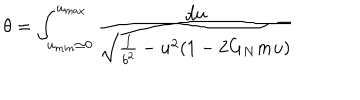
\theta = \int _ { u _ { m i n } \simeq 0 } ^ { u _ { m a x } } { \frac { d u } { \sqrt { { \frac { 1 } { b ^ { 2 } } } - u ^ { 2 } ( 1 - 2 G _ { N } m u ) } } }